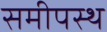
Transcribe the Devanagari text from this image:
समीपस्‍थ